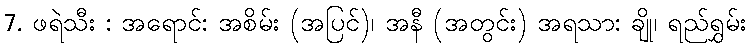
7. ဖရဲသီး : အရောင်: အစိမ်း (အပြင်)၊ အနီ (အတွင်း) အရသာ: ချို၊ ရည်ရွှမ်း